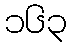
၁၆၃